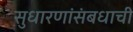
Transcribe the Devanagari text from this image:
सुधारणांसंबधाची